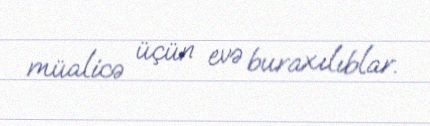
müalicə üçün evə buraxılıblar.